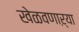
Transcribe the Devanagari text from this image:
खेळवणाऱ्या